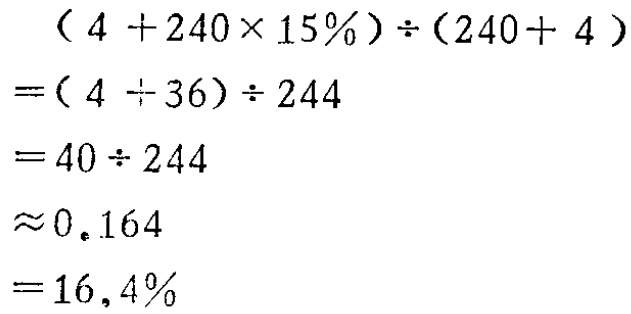
\[

\begin{align*}

&(4 + 240\times 15\%)\div(240 + 4)\\

=&(4 + 36)\div 244\\

=&40\div 244\\

\approx&0.164\\

=&16.4\%

\end{align*}

\]